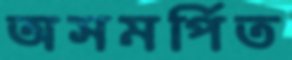
অসমর্পিত